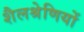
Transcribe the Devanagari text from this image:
शैलश्रेणियों